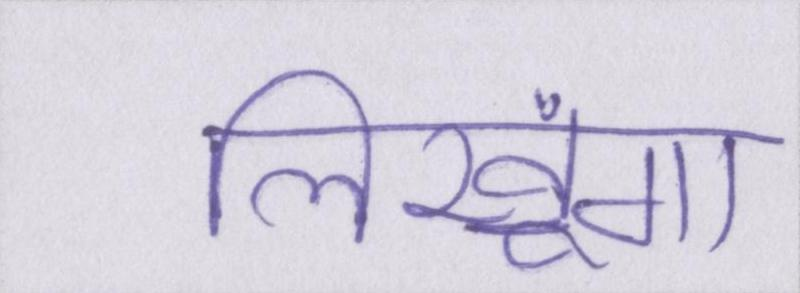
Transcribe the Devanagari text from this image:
लिखूंगा